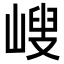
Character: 𡻁